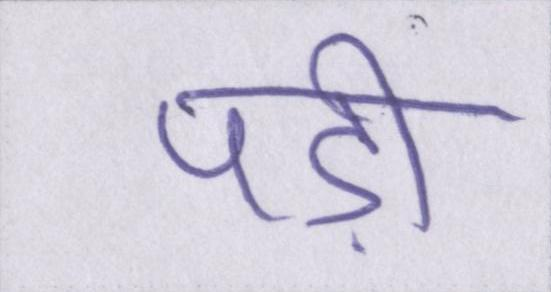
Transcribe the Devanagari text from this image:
पड़ी